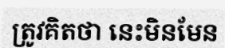
ត្រូវគិតថា នេះមិនមែន